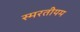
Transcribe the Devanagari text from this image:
स्मरतीयम